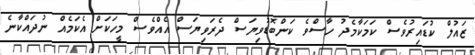
ޒައުލް ކުޑައިރުވެސް ކަމަކާމެދު ހާސްވެ ކަންބޮޑުވިޔަސް ދެރަވިޔަސް އެއްވެސް މީހަކަށް އެކަމެއް ނުދައްކާނެ